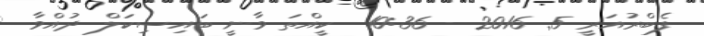
ފެބްރުއަރީ 5